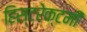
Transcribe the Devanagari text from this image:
हिस्टरेक्टमी